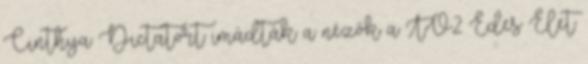
Cinthya Dictatort imádták a nézők a TV2 Édes Élet